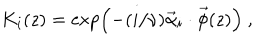
K _ { i } ( z ) = \exp \left( - ( i / \nu ) \vec { \alpha } _ { i } \cdot \vec { \phi } ( z ) \right) ~ ,